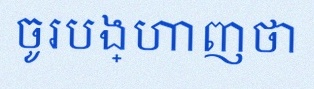
ចូរបង្ហាញថា